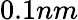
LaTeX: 0.1nm